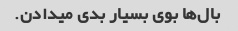
بال‌ها بوی بسیار بدی میدادن.